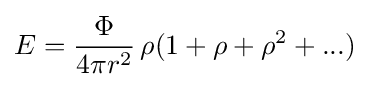
E={\frac {\Phi }{4\pi r^{2}}}\,\rho (1+\rho +\rho ^{2}+...)